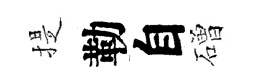
提勒自磳